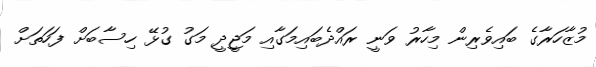
މުޒާހަރާގެ ބައިވެރިން މިހާރު ވަނީ ރައްދެބައިމަގާއި މަޖީދީ މަގު ގުޅޭ ހިސާބަށް ފަހަތަށް